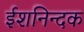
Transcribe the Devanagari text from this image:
ईशनिन्दक